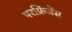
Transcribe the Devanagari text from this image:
परफ्रिंजेंस